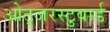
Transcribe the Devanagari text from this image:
ओट्जरस्टुवार्ड